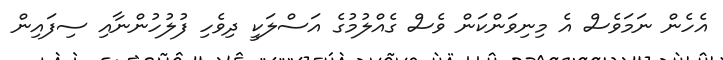
އެހެން ނަމަވެސް އެ މިނިވަންކަން ވެސް ގެއްލުމުގެ އަސްލަކީ ދިވެހި ފުލުހުންނާއި ސިފައިން